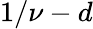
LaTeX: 1/\nu-d